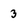
Character: 3